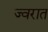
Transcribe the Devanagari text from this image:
ज्वरात